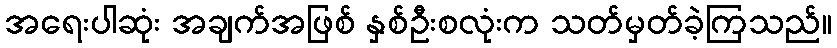
အရေးပါဆုံး အချက်အဖြစ် နှစ်ဦးစလုံးက သတ်မှတ်ခဲ့ကြသည်။